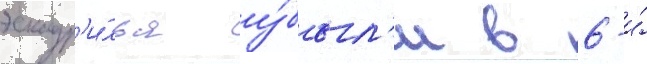
эскадр'и́лья у́был'и в 6-и́